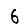
Digit: 6